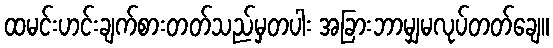
ထမင်းဟင်းချက်စားတတ်သည်မှတပါး အခြားဘာမျှမလုပ်တတ်ချေ။